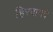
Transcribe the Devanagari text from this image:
हिरवागर्द